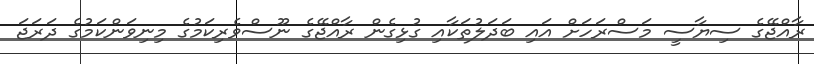
ރާއްޖޭގެ ސިޔާސީ މަސްރަހަށް އައި ބަދަލުތަކާއި ގުޅިގެން ރާއްޖޭގެ ނޫސްވެރިކަމުގެ މިނިވަންކަމުގެ ދަރަޖަ